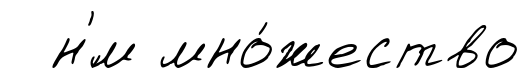
н'́м мно́жество